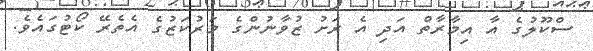
ސްކޫލުގެ އާ އިމާރާތް އަދި އެ ރަށު ޒުވާނުންގެ މަރުކަޒުގެ އެތެރޭ ކޯޓުގައެވެ.